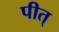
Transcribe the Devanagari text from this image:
पीत्